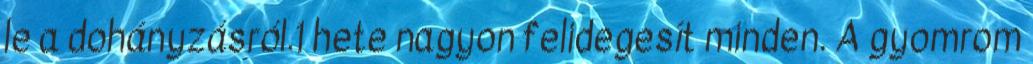
le a dohányzásról.1 hete nagyon felidegesít minden. A gyomrom